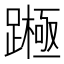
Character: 𨅰